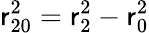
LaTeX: \mathsf{r}_{20}^{2}=\mathsf{r}_{2}^{2}-\mathsf{r}_{0}^{2}